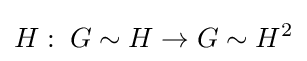
H:\;G\sim H\rightarrow G\sim H^{2}